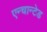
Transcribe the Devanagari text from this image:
एन्चान्टेड